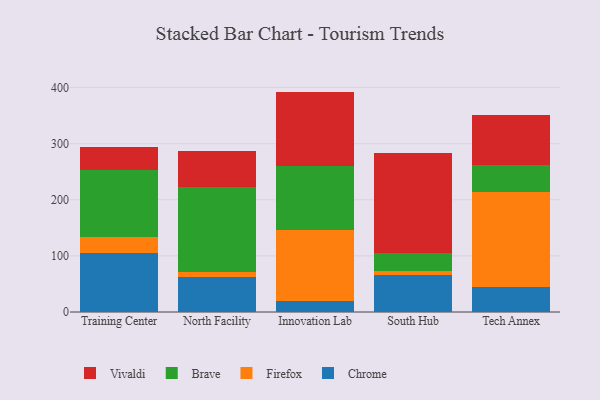
{"axis": {"x": "Campus", "y": "Population (Million)"}, "legend": ["Brave", "Chrome", "Firefox", "Vivaldi"], "data": [{"x": "Training Center", "y": 104.5, "type": "Chrome"}, {"x": "Training Center", "y": 28.4, "type": "Firefox"}, {"x": "Training Center", "y": 120.9, "type": "Brave"}, {"x": "Training Center", "y": 40.0, "type": "Vivaldi"}, {"x": "North Facility", "y": 62.5, "type": "Chrome"}, {"x": "North Facility", "y": 9.5, "type": "Firefox"}, {"x": "North Facility", "y": 151.4, "type": "Brave"}, {"x": "North Facility", "y": 63.9, "type": "Vivaldi"}, {"x": "Innovation Lab", "y": 19.2, "type": "Chrome"}, {"x": "Innovation Lab", "y": 126.7, "type": "Firefox"}, {"x": "Innovation Lab", "y": 114.6, "type": "Brave"}, {"x": "Innovation Lab", "y": 132.3, "type": "Vivaldi"}, {"x": "South Hub", "y": 65.3, "type": "Chrome"}, {"x": "South Hub", "y": 8.4, "type": "Firefox"}, {"x": "South Hub", "y": 31.7, "type": "Brave"}, {"x": "South Hub", "y": 178.1, "type": "Vivaldi"}, {"x": "Tech Annex", "y": 44.2, "type": "Chrome"}, {"x": "Tech Annex", "y": 169.2, "type": "Firefox"}, {"x": "Tech Annex", "y": 49.4, "type": "Brave"}, {"x": "Tech Annex", "y": 88.8, "type": "Vivaldi"}]}